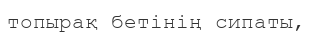
топырақ бетінің сипаты,